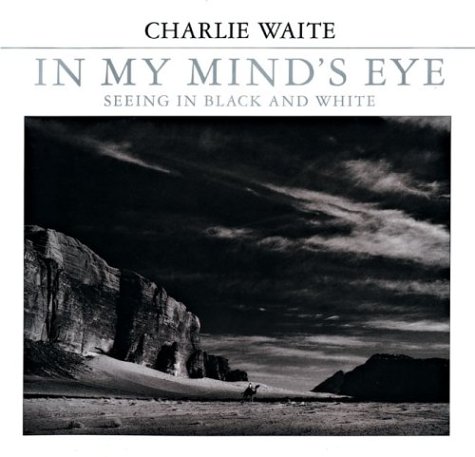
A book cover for In My Mind's Eye: Seeing in Black and White; Charlie Waite; Arts & Photography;